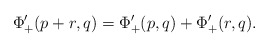
\begin{align*} \Phi_+'(p+r,q) = \Phi_+'(p,q) + \Phi_+'(r,q).\end{align*}